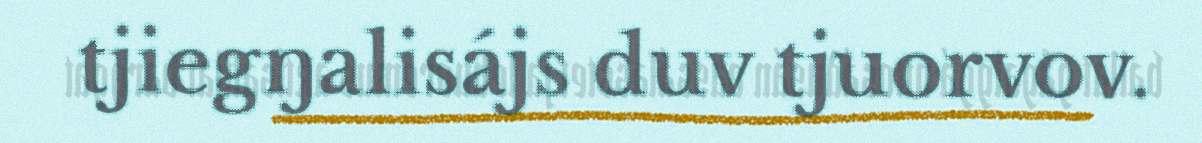
tjiegŋalisájs duv tjuorvov.